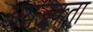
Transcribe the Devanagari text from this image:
अराज़कता